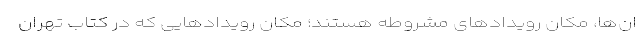
ان‌ها، مکان رویدادهای مشروطه هستند؛ مکان رویدادهایی که در کتاب تهران